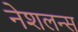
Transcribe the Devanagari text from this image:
नेशलन्स